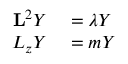
\begin{array} { r l } { \mathbf { L } ^ { 2 } Y } & { { } = \lambda Y } \\ { L _ { z } Y } & { { } = m Y } \end{array}